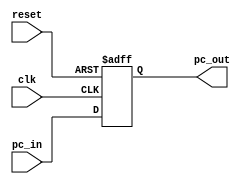
module PC(
    input clk,
    input reset,
    input [31:0] pc_in,
    output reg [31:0] pc_out
);
    always @(posedge clk or posedge reset) begin
        if (reset)
            pc_out <= 32'b0;
        else
            pc_out <= pc_in;
    end
endmodule